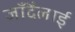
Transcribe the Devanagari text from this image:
जाँदैलाई